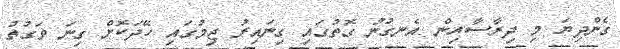
ގެންދިޔަ މި ދިރާސާއިން އެނގުނު ގޮތުގައި ގިނައިރު ޖިމުގައި ހޭދަކޮށް ގިނަ ވަގުތު